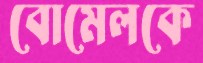
বোমেলকে